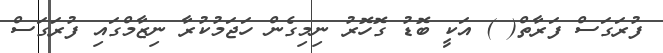
ފުރަގަސް ފަރާތް( ) އަކީ ބޮޑު ގޮހޮރު ނިމިގެން ހަޖަމުކުރާ ނިޒާމްގައި ފުރަގަސް